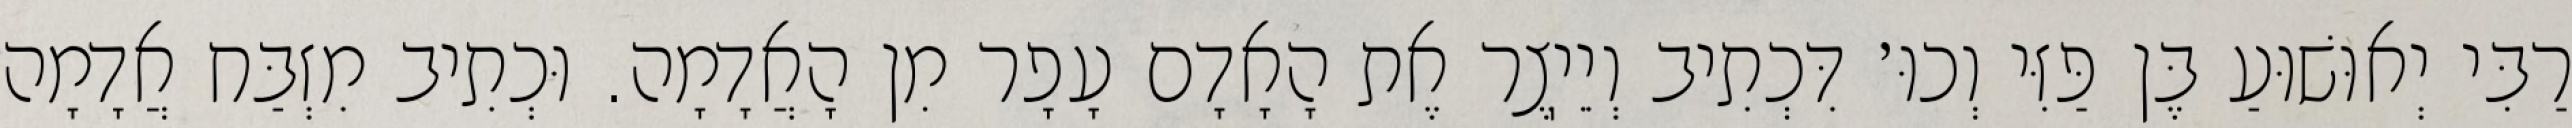
רַבִּי יְאוּשׁוּעַ בֶּן פַּזִּי וְכוּ׳ דִּכְתִיב וְיֵיֽצֶר אֶת הָאָדָם עָפָר מִן הָאֲדָמָה. וּכְתִיב מִזְבַּח אֲדָמָה